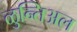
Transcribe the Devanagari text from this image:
ळुन्तिअल